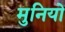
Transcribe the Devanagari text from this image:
मुनियो